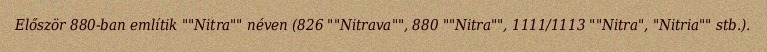
Először 880-ban említik ""Nitra"" néven (826 ""Nitrava"", 880 ""Nitra"", 1111/1113 ""Nitra", "Nitria"" stb.).